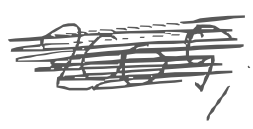
Text: 2005,
Cross-out: scratch
Writing tool: digital_gray